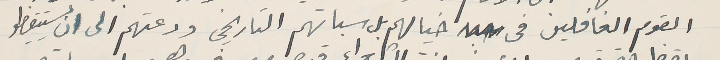
القوم الغافلين فى خيالهم بل سباتهم التاريخى ودعتهم الى ان يستيقظو